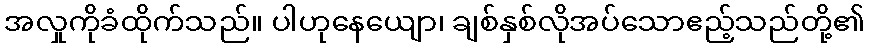
အလှုကိုခံထိုက်သည်။ ပါဟုနေယျော၊ ချစ်နှစ်လိုအပ်သောဧည့်သည်တို့၏